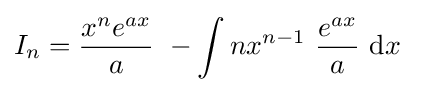
I_{n}={\frac {x^{n}e^{ax}}{a}}\ -\int nx^{n-1}\ {\frac {e^{ax}}{a}}\ {\text{d}}x\